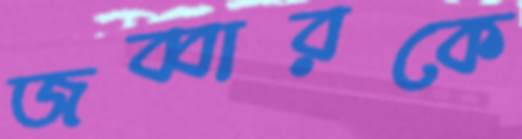
জব্বারকে